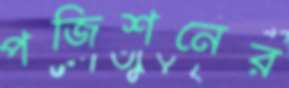
পজিশনের